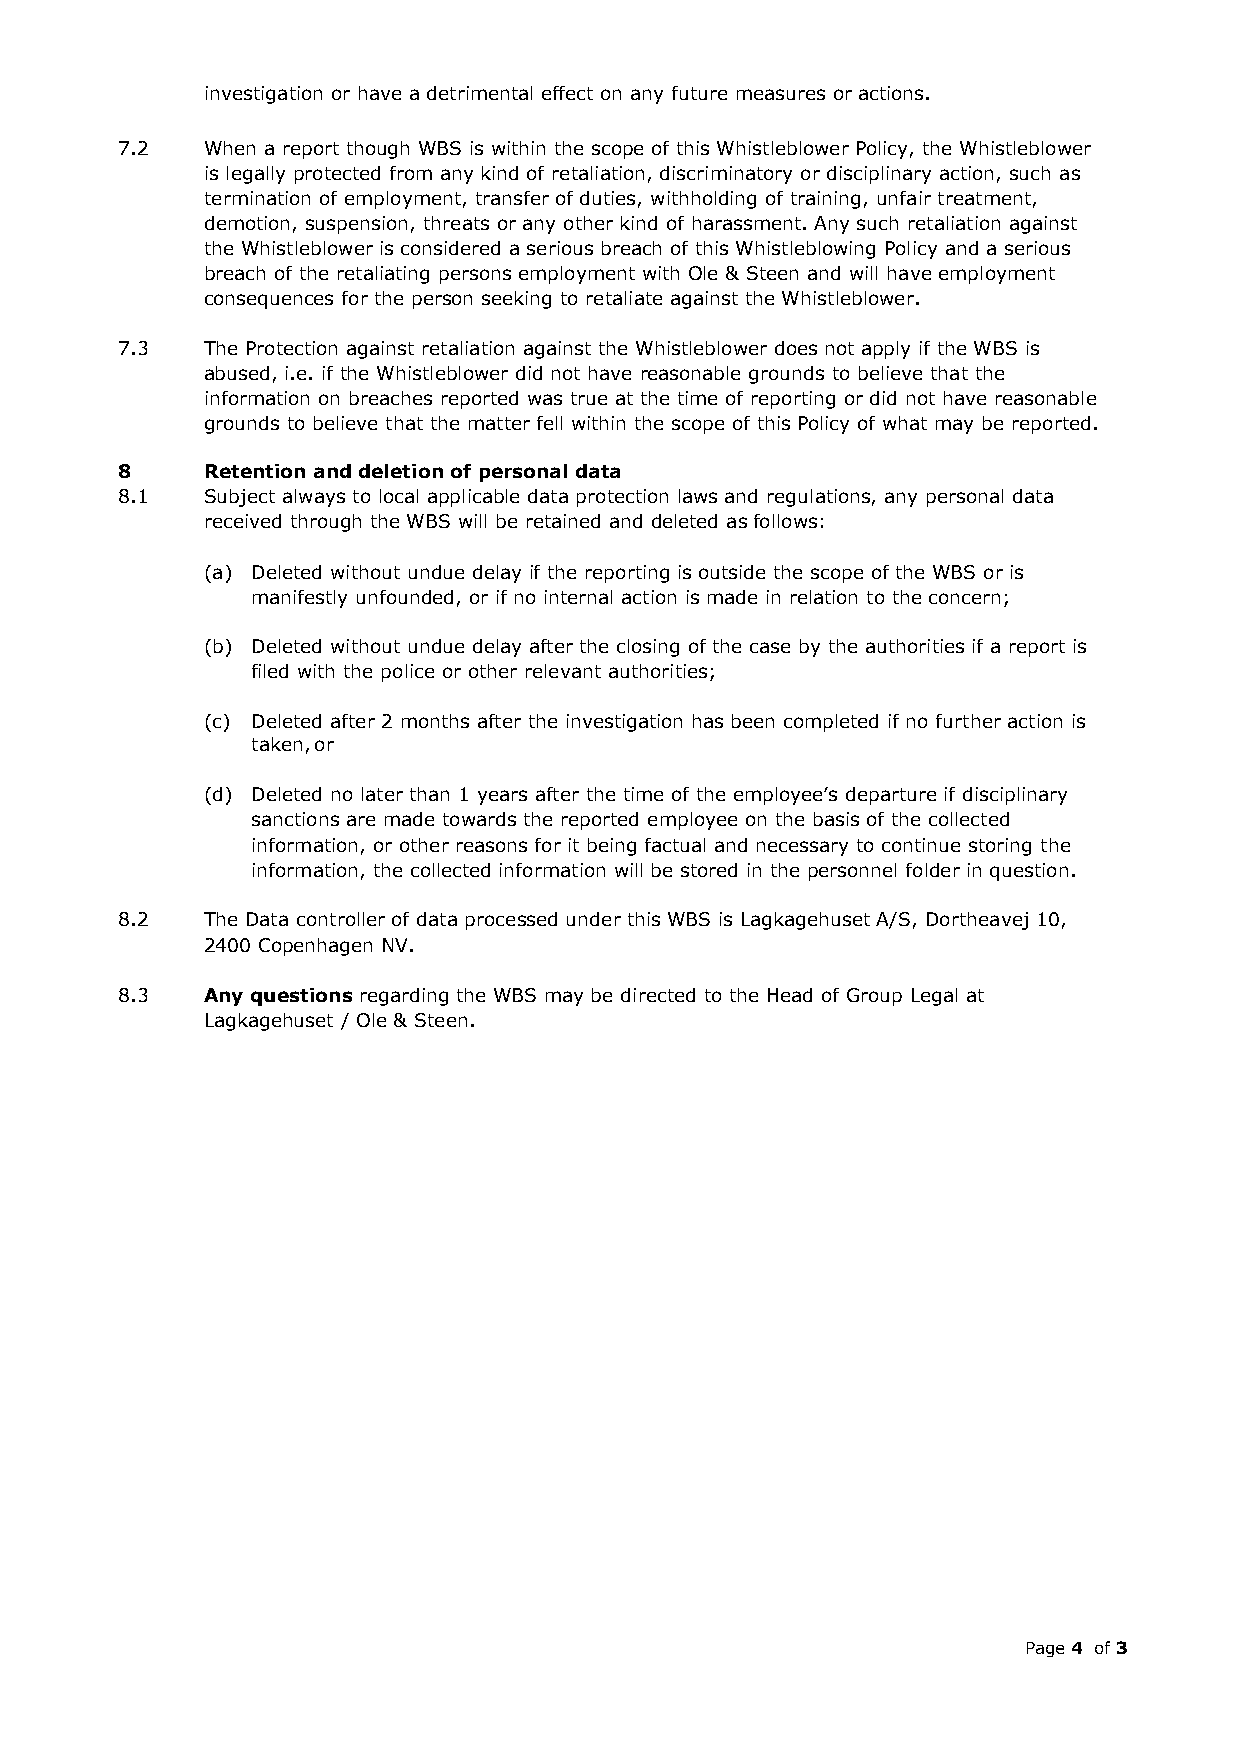
investigation or have a detrimental effect on any future measures or actions.
 7.2  When a report though WBS is within the scope of this Whistleblower Policy, the Whistleblower
 is legally protected from any kind of retaliation, discriminatory or disciplinary action, such as
 termination of employment, transfer of duties, withholding of training, unfair treatment,
 demotion, suspension, threats or any other kind of harassment. Any such retaliation against
 the Whistleblower is considered a serious breach of this Whistleblowing Policy and a serious
 breach of the retaliating persons employment with Ole & Steen and will have employment
 consequences for the person seeking to retaliate against the Whistleblower.
 7.3  The Protection against retaliation against the Whistleblower does not apply if the WBS is
 abused, i.e. if the Whistleblower did not have reasonable grounds to believe that the
 information on breaches reported was true at the time of reporting or did not have reasonable
 grounds to believe that the matter fell within the scope of this Policy of what may be reported.
 8    Retention and deletion of personal data
 8.1  Subject always to local applicable data protection laws and regulations, any personal data
 received through the WBS will be retained and deleted as follows:
 (a) Deleted without undue delay if the reporting is outside the scope of the WBS or is
 manifestly unfounded, or if no internal action is made in relation to the concern;
 (b) Deleted without undue delay after the closing of the case by the authorities if a report is
 filed with the police or other relevant authorities;
 (c) Deleted after 2 months after the investigation has been completed if no further action is
 taken, or
 (d) Deleted no later than 1 years after the time of the employee’s departure if disciplinary
 sanctions are made towards the reported employee on the basis of the collected
 information, or other reasons for it being factual and necessary to continue storing the
 information, the collected information will be stored in the personnel folder in question.
 8.2  The Data controller of data processed under this WBS is Lagkagehuset A/S, Dortheavej 10,
 2400 Copenhagen NV.
 8.3  Any questions regarding the WBS may be directed to the Head of Group Legal at
 Lagkagehuset / Ole & Steen.
 Page 4 of 3